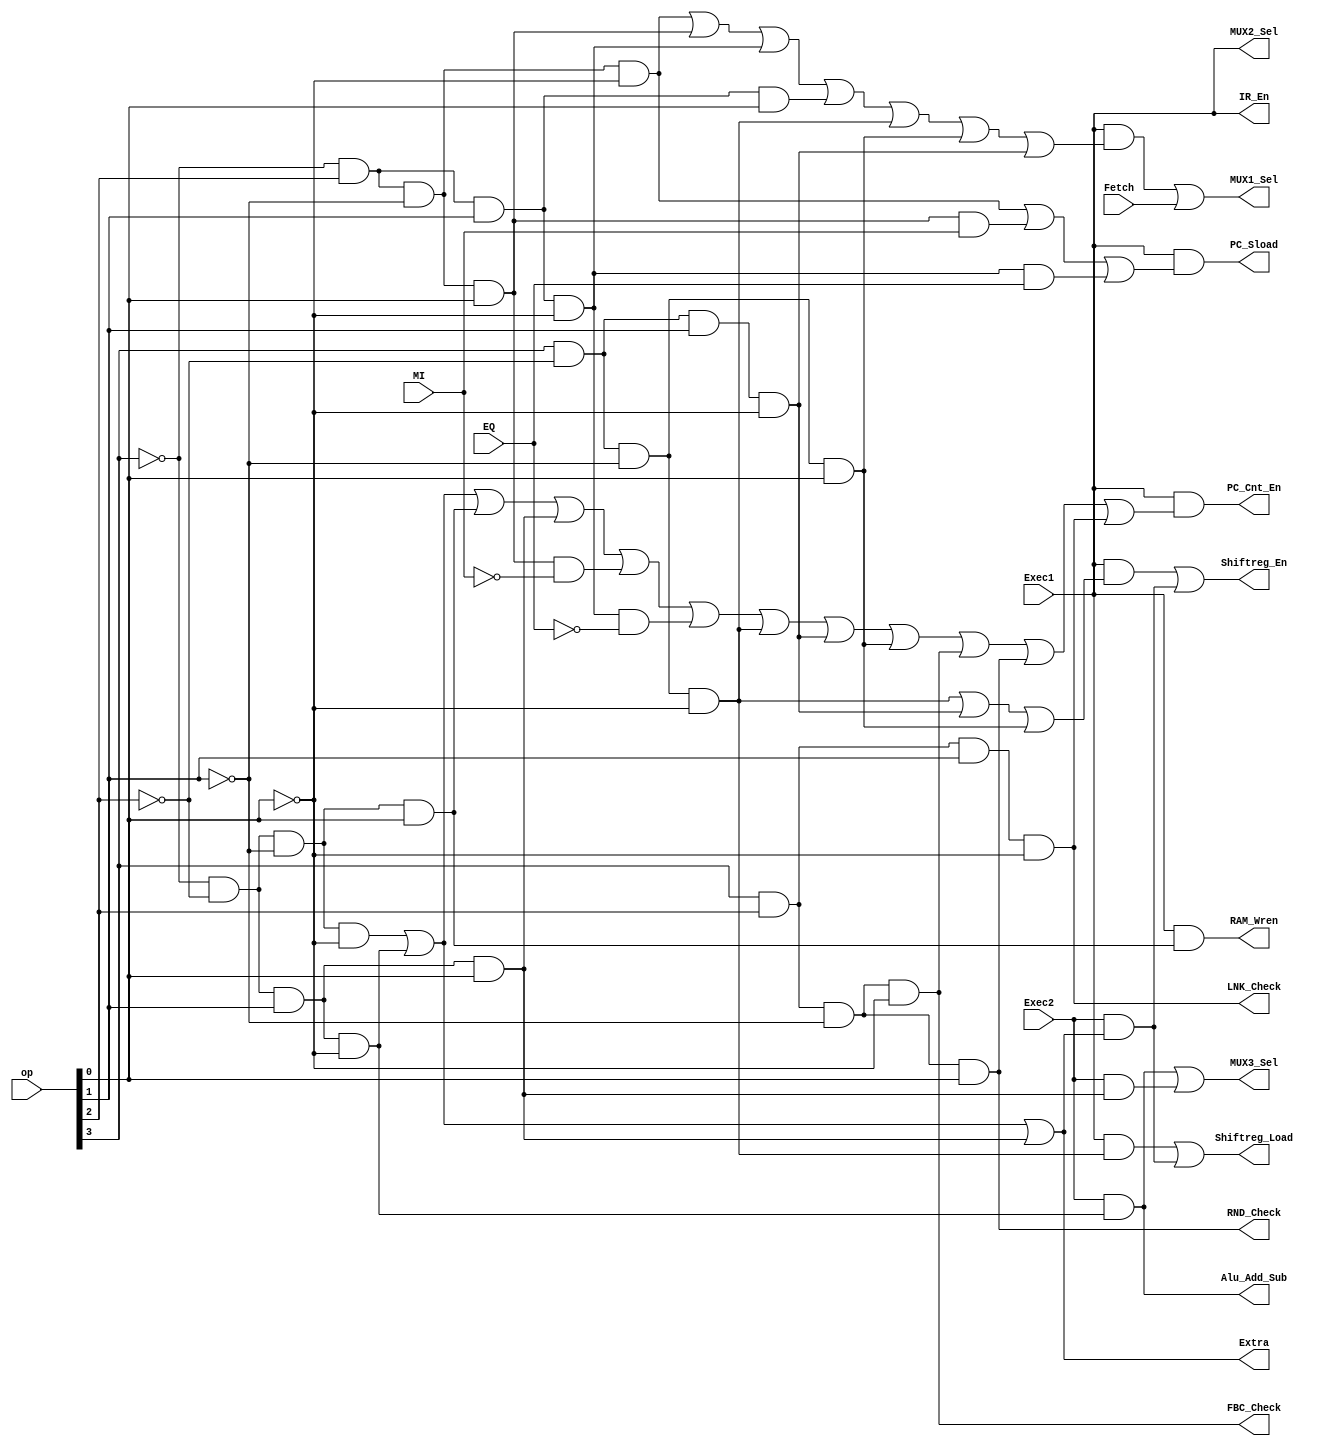
module LNK_RND_FBCV_SUPPORTED_BASE_DECODE
(

input Fetch,
input Exec1,
input Exec2,
//op=opcode(First_Four_Bits_Of_Insuction)
input [3:0] op,
input EQ,
input MI,

output Extra,
output Shiftreg_En,
output Shiftreg_Load,
output Alu_Add_Sub,
output PC_Sload,
output PC_Cnt_En,
output MUX1_Sel,
output MUX2_Sel,
output MUX3_Sel,
output IR_En,
output RAM_Wren,
output FBC_Check,
output RND_Check,
output LNK_Check
);

wire LDA,STA,ADD,SUB,JMP,JMI,JEQ,STP,LDI,LSL,LSR,FBC,RND,LNK;
assign LDA = ~op[3] & ~op[2] & ~op[1] & ~op[0]; //0000
assign STA = ~op[3] & ~op[2] & ~op[1] &  op[0]; //0001
assign ADD = ~op[3] & ~op[2] &  op[1] & ~op[0]; //0010
assign SUB = ~op[3] & ~op[2] &  op[1] &  op[0]; //0011
assign JMP = ~op[3] &  op[2] & ~op[1] & ~op[0]; //0100
assign JMI = ~op[3] &  op[2] & ~op[1] &  op[0]; //0101
assign JEQ = ~op[3] &  op[2] &  op[1] & ~op[0]; //0110
assign STP = ~op[3] &  op[2] &  op[1] &  op[0]; //0111
assign LDI =  op[3] & ~op[2] & ~op[1] & ~op[0]; //1000
assign LSL =  op[3] & ~op[2] & ~op[1] &  op[0]; //1001
assign LSR =  op[3] & ~op[2] &  op[1] & ~op[0]; //1010
assign FBC =  op[3] &  op[2] & ~op[1] & ~op[0]; //1100
assign RND =  op[3] &  op[2] & ~op[1] &  op[0]; //1101
assign LNK =  op[3] &  op[2] &  op[1] & ~op[0]; //1110

assign Extra = LDA|ADD|SUB;  

assign PC_Sload = Exec1 & (JMP | JMI&MI | JEQ&EQ );
assign PC_Cnt_En = Exec1 & (ADD | LDA | STA | SUB | JMI&~MI | JEQ&~EQ | LDI | LSR | LSL | FBC | RND | LNK); 

assign MUX1_Sel = Exec1 & (JMP | JMI | JEQ | STP | LDI | LSL | LSR) | Fetch; //Actually since this is not a pipeplined version Fetch and only would be enough but by doing that we can Fetch the same instruction again from Exec1->Fetch - in Fetch State nothing occurs so it won't make any difference but it will be nicer than the content of a random cell. 
assign MUX2_Sel = Exec1;
assign MUX3_Sel = (Exec2 & ADD) | (Exec2 & SUB);
assign IR_En = Exec1;
assign RAM_Wren = Exec1 & STA;

assign Shiftreg_En = Exec1&(LDI | LSR | LSL) | Exec2&(LDA | ADD | SUB);
assign Shiftreg_Load = Exec1&LDI | Exec2&(LDA | ADD | SUB);
assign Alu_Add_Sub = Exec2&ADD; 

assign FBC_Check=FBC;
assign RND_Check=RND;
assign LNK_Check=LNK;

endmodule